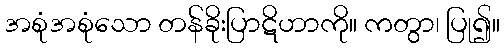
အစုံအစုံသော တန်ခိုးပြာဋိဟာကို။ ကတွာ၊ ပြု၍။